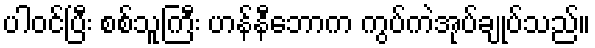
ပါဝင်ပြီး စစ်သူကြီး ဟန်နီဘောက ကွပ်ကဲအုပ်ချုပ်သည်။